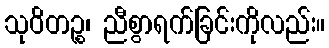
သုဝိတဉ္စ၊ ညီစွာရက်ခြင်းကိုလည်း။